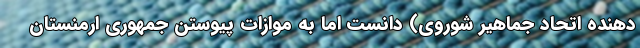
دهنده اتحاد جماهیر شوروی) دانست اما به موازات پیوستن جمهوری ارمنستان